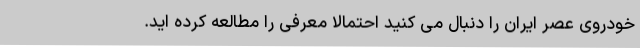
خودروی عصر ایران را دنبال می کنید احتمالا معرفی را مطالعه کرده اید.